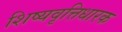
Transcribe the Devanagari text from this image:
शिष्यवृत्तिधारक